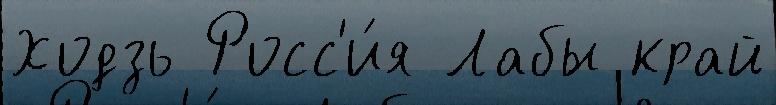
Ходзь Росс'и́я Лабы край